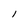
Character: 1